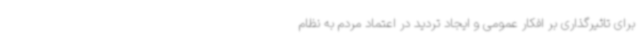
برای تاثیرگذاری بر افکار عمومی و ایجاد تردید در اعتماد مردم به نظام